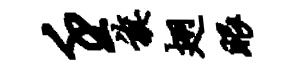
壬旗翅眼